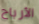
الأرباح